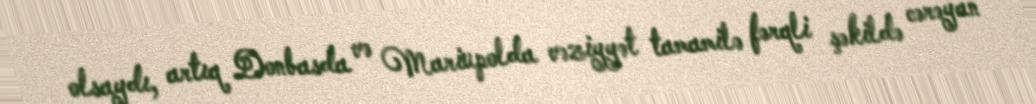
olsaydı, artıq Donbasda və Mariupolda vəziyyət tamamilə fərqli şəkildə cərəyan